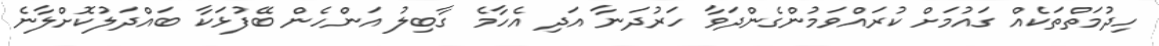
ހިދުމަތްތަކެއް ގައުމަށް ކުރައްވަމުންގެންދަވާ ހަރުދަނާ އަދި އެހާމެ ގާބިލު އަންހެން ބޭފުޅަކާ ބައްދަލުކޮށްލާނެ